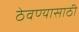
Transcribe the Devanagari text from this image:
ठेवण्‍यासाठी